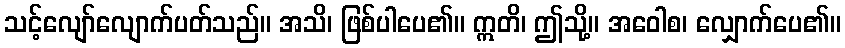
သင့်လျော်လျောက်ပတ်သည်။ အသိ၊ ဖြစ်ပါပေ၏။ ဣတိ၊ ဤသို့။ အဝေါစ၊ လျှောက်ပေ၏။